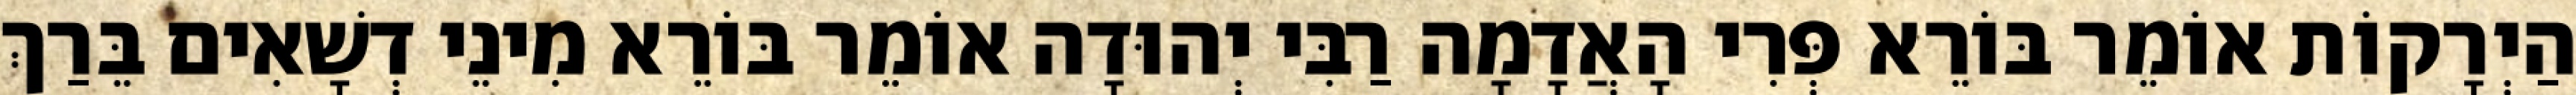
הַיְרָקוֹת אוֹמֵר בּוֹרֵא פְּרִי הָאֲדָמָה רַבִּי יְהוּדָה אוֹמֵר בּוֹרֵא מִינֵי דְשָׁאִים בֵּרַךְ